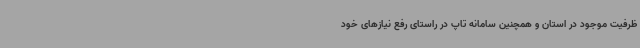
ظرفیت موجود در استان و همچنین سامانه تاپ در راستای رفع نیازهای خود